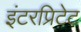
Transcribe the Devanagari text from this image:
इंटरप्रिटेट